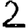
Digit: 2